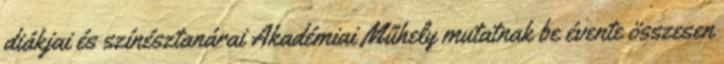
diákjai és színésztanárai Akadémiai Műhely mutatnak be évente összesen